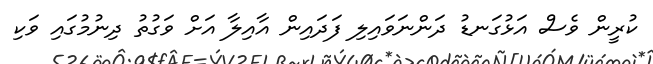
ކުރީން ވެސް އަޅުގަނޑު ދަންނަވައިލި ފަދައިން އާއިލާ އަށް ވަގުތު ދިނުމުގައި ވަކި